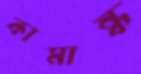
কামান্ধ